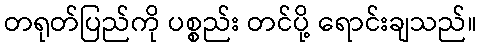
တရုတ်ပြည်ကို ပစ္စည်း တင်ပို့ ရောင်းချသည်။